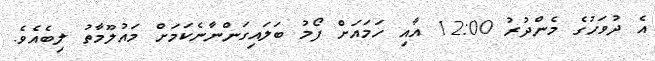
އެ ދުވަހުގެ މެންދުރު 12:00 އާއި ހަމައަށް ފޯމު ބަލައިގަންނާނެކަމަށް މައުލޫމާތު ލިބެއެވެ.